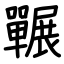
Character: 囅